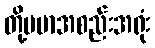
တို့ဗမာအစည်းအရုံး